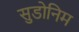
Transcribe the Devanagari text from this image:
सुडोनिम